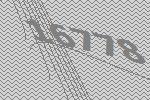
16778